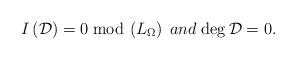
LaTeX: \begin{align*}I\left({\cal D}\right)=0\; {\rm mod}\, \left(L_\Omega\right)\;and \; {\rm deg}\, {\cal D}=0.\end{align*}